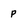
Character: p